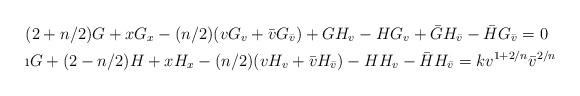
LaTeX: \begin{align*}&(2+n/2)G + xG_x - (n/2)(vG_v +\bar{v} G_{\bar v})+ GH_v- HG_v + \bar{G} H_{\bar v } - \bar{H} G_{\bar v}=0\\&\i G + (2-n/2)H + xH_x -(n/2)(vH_v + \bar{v} H_{\bar v}) - HH_v - \bar H H_{\bar v}=kv^{1+2/n}\bar{v}^{2/n}\end{align*}